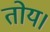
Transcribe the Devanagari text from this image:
तोय।